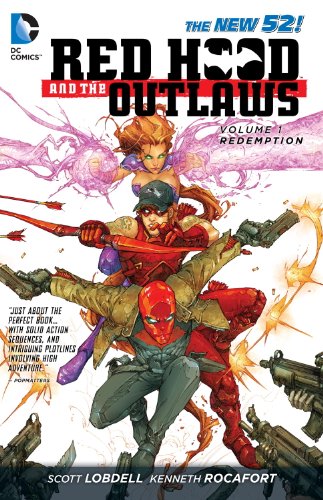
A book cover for Red Hood and the Outlaws Vol. 1: REDemption (The New 52); Scott Lobdell; Comics & Graphic Novels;